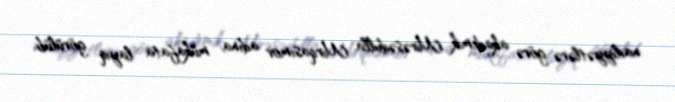
nailiyyətlərə görə akademik Mirəsədulla Mirqasımov adına mükafata layiq görülüb.